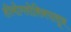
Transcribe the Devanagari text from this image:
हीमोग्लोबिनपासून